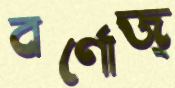
বর্ণোজ্